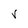
Character: V